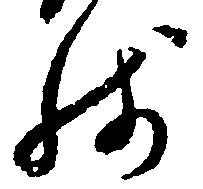
残